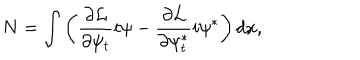
N = \int \left( \frac { \partial { \cal L } } { \partial \psi _ { t } } i \psi - \frac { \partial { \cal L } } { \partial \psi _ { t } ^ { * } } i \psi ^ { * } \right) d x ,